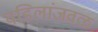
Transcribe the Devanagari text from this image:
वडिलांजवळ